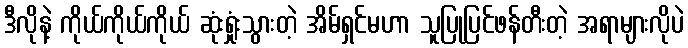
ဒီလိုနဲ့ ကိုယ်ကိုယ်ကိုယ် ဆုံးရှုံးသွားတဲ့ အိမ်ရှင်မဟာ သူပြုပြင်ဖန်တီးတဲ့ အရာများလိုပဲ